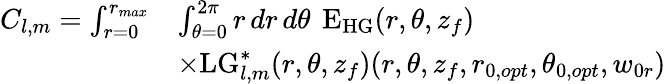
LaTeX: \begin{array}{rl}{C_{l,m}=\int_{r=0}^{r_{max}}}&{\int_{\theta=0}^{2\pi}\mathop{r}\mathop{dr}\mathop{d\theta}~\mathrm{E}_{\mathrm{HG}}(r,\theta,z_{f})}\\ &{\times\mathrm{LG}_{l,m}^{*}(r,\theta,z_{f})(r,\theta,z_{f},r_{0,opt},\theta_{0,opt},w_{0r})}\end{array}